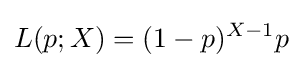
L(p;X)=(1-p)^{X-1}p